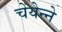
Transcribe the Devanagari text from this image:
चेयेन्ने